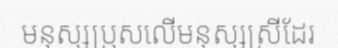
មនុស្សប្រុសលើមនុស្សស្រីដែរ